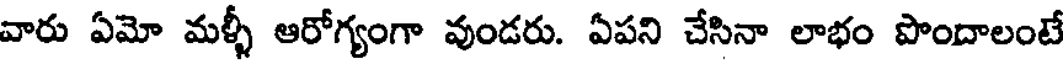
వారు ఏమో మళ్ళీ ఆరోగ్యంగా వుండరు. ఏపని చేసినా లాభం పొందాలంటే